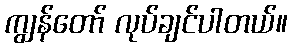
ကျွန်တော် လုပ်ချင်ပါတယ်။